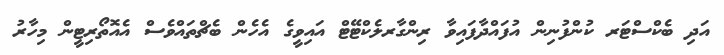
އަދި ބެކްސްޓަރ ކުންފުނިން އުފައްދާފައިވާ ރިންގާރލެކްޓޭޓް އައިވީގެ އެހެން ބެޗްތައްވެސް އެއޮތޯރިޓީން މިހާރު